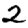
Digit: 2